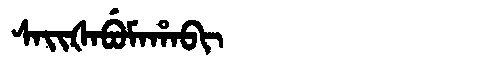
Manchu: ᠰᠠᡳᡧᠠᠪᡠᠮᠠᡥᠠᠪᡳ
Romanization: SAIŠABUMAHABI